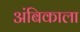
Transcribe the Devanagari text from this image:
अंबिकाला